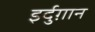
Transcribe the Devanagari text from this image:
इर्दुग़ान